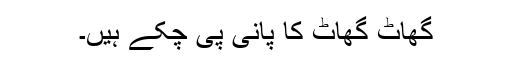
گھاٹ گھاٹ کا پانی پی چکے ہیں۔